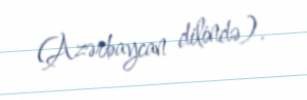
(Azərbaycan dilində).